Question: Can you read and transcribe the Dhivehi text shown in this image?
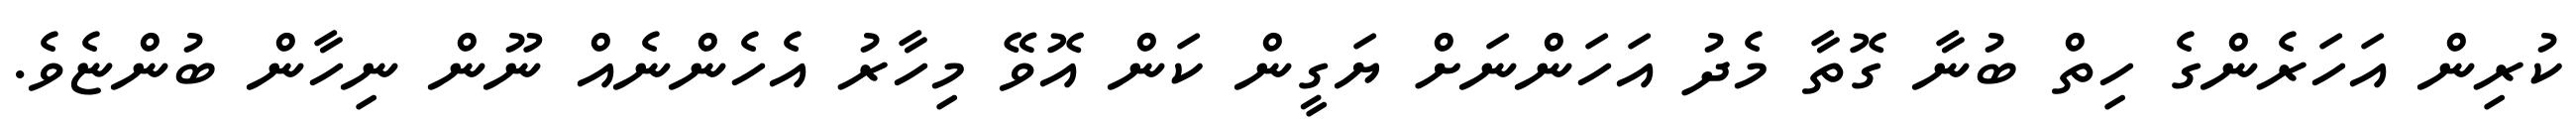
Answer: ކުރިން އަހަރެންގެ ހިތް ބުނާ ގޮތާ މެދު އަހަންނަށް ޔަގީން ކަން އޮވޭ މިހާރު އެހެންނެއް ނޫން ނިހާން ބުންޏެވެ.